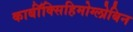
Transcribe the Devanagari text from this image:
कार्बॉक्सिहिमोग्लोबिन